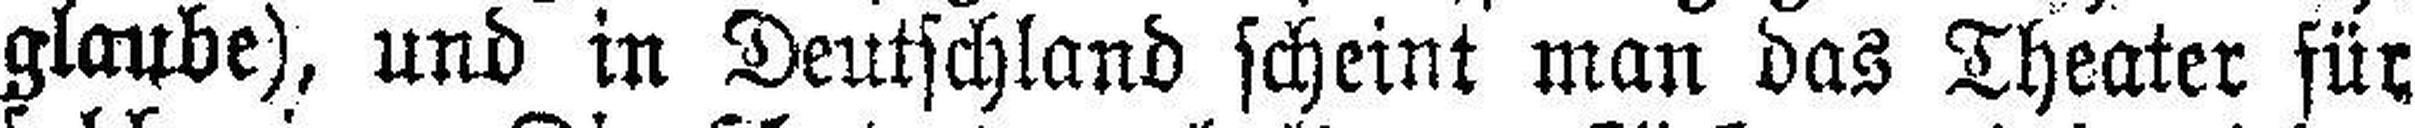
glaube), und in Deutschland scheint man das Theater für